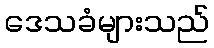
ဒေသခံများသည်